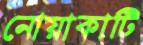
নোয়াকাটি